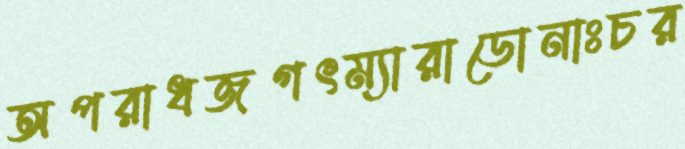
অপরাধজগৎম্যারাডোনাঃচর